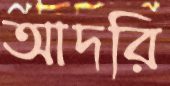
আদরি